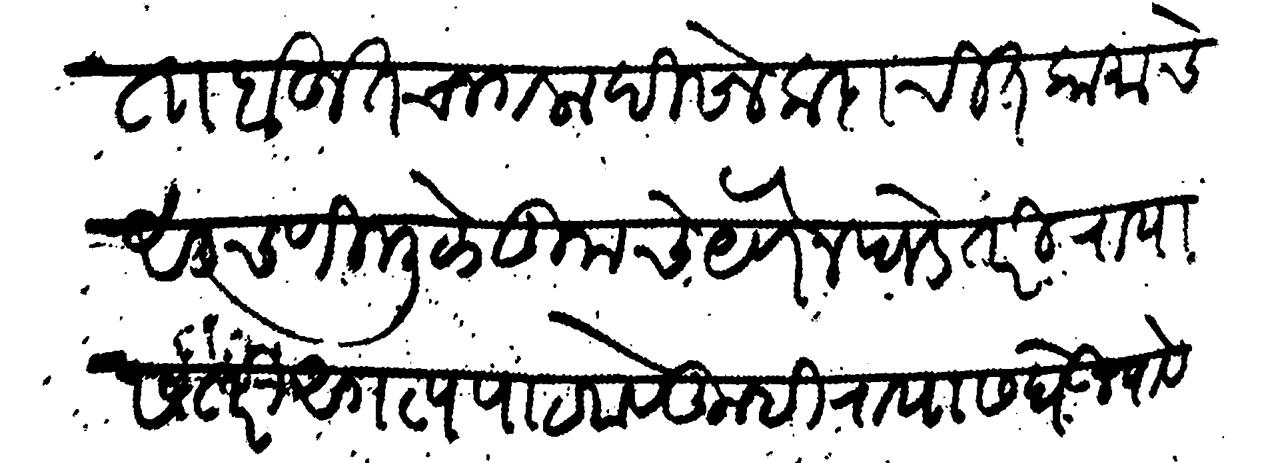
Transliteration (Devanagari): असता बहुत चागला दिसेल कदाचित कामाचे अडचणीमुळे तुमचे येणे न घडे तरी रायास तरी अगत्य पाटवावे तुम्ही रायास घेऊन यावे